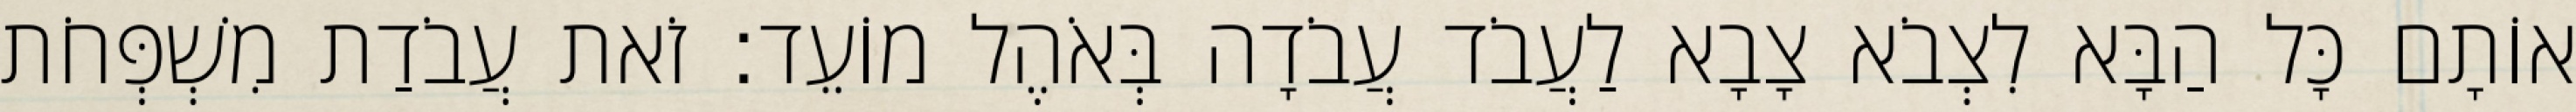
אוֹתָם כָּל הַבָּא לִצְבֹא צָבָא לַעֲבֹד עֲבֹדָה בְּאֹהֶל מוֹעֵד׃ זֹאת עֲבֹדַת מִשְׁפְּחֹת